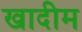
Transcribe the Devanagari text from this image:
खादीम